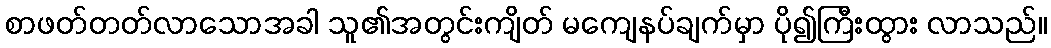
စာဖတ်တတ်လာသောအခါ သူ၏အတွင်းကျိတ် မကျေနပ်ချက်မှာ ပို၍ကြီးထွား လာသည်။